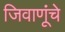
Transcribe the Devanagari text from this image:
जिवाणूंचे